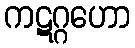
ကဋဂ္ဂဟော